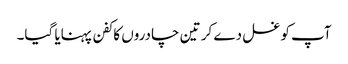
آپ کو غسل دے کر تین چادروں کا کفن پہنایا گیا۔